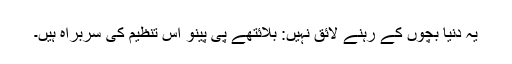
یہ دنیا بچوں کے رہنے لائق نہیں: بلائتھے پی پینو اس تنظیم کی سربراہ ہیں۔